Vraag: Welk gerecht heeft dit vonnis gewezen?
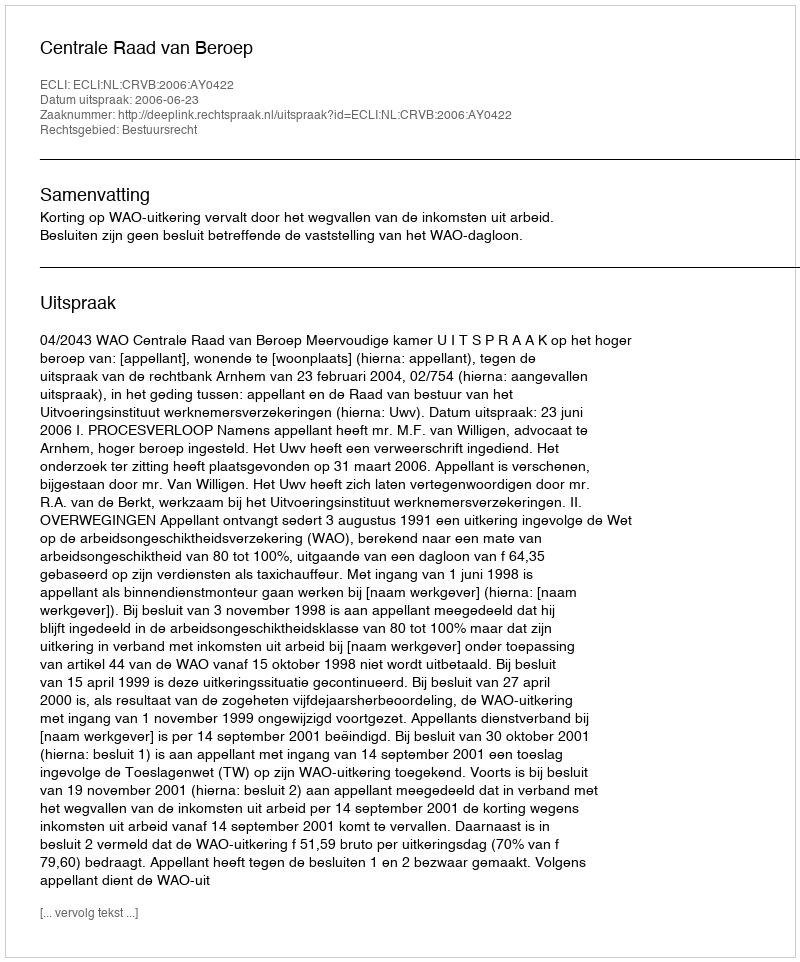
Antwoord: Centrale Raad van Beroep